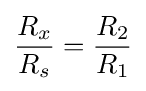
{\frac {R_{x}}{R_{s}}}={\frac {R_{2}}{R_{1}}}